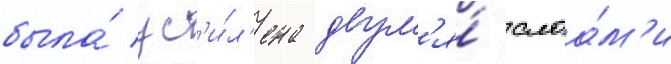
была́ ус'и́л'ена двум'я́ слоа́м'и